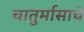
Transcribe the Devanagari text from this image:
चातुर्मासाचे